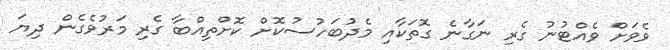
ވެވަށް ވެއްޓުނު ގެރި ނަގާނެ ގޮތަކާއި މެދުބަހުސުކޮށް ކޮށްތިއްބާ ގެރި މަރުވެގެން ދިޔަ